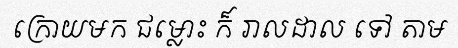
ក្រោយមក ជម្លោះ ក៏ រាលដាល ទៅ តាម